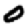
Digit: 0